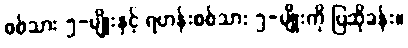
စစ်သား ၅-မျိုးနှင့် ရဟန်းစစ်သား ၅-မျိုးကို ပြဆိုခန်း။